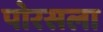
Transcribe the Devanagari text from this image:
पोरसला